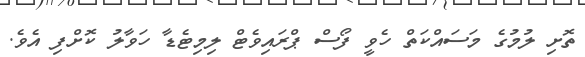
ތޮށި ލުމުގެ މަސައްކަތް ހެވީ ފޯސް ޕްރައިވެޓް ލިމިޓެޑާ ހަވާލު ކޮށްފި އެވެ.